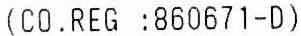
(CO.REG :860671-D)